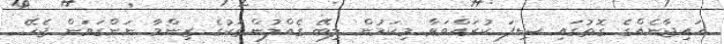
ހައިޖާނެއްގެ ގޮތުގައި ސިފަ ކުރައްވަވާ މިކަމުން ލިބޭ ގެއްލުންތަކުގެ ޒިންމާ ނަންގަވަން ޖެހޭ